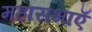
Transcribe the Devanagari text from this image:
महासभाएँ